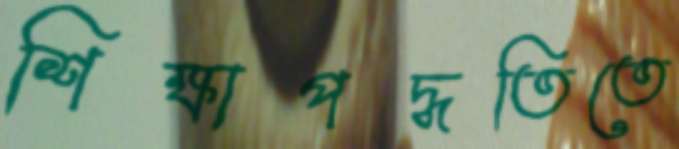
শিক্ষাপদ্ধতিতে